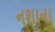
નશાના